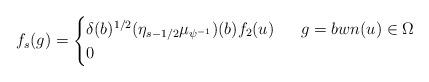
LaTeX: \begin{align*}f_s(g)=\begin{cases} \delta(b)^{1/2}(\eta_{s-1/2}\mu_{\psi^{-1}})(b)f_2(u) & \ \ g=bw n(u)\in\Omega \\ 0& \end{cases}\end{align*}